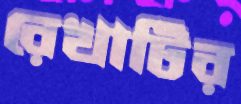
রেখাটির